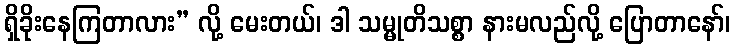
ရှိခိုးနေကြတာလား” လို့ မေးတယ်၊ ဒါ သမ္မုတိသစ္စာ နားမလည်လို့ ပြောတာနော်၊